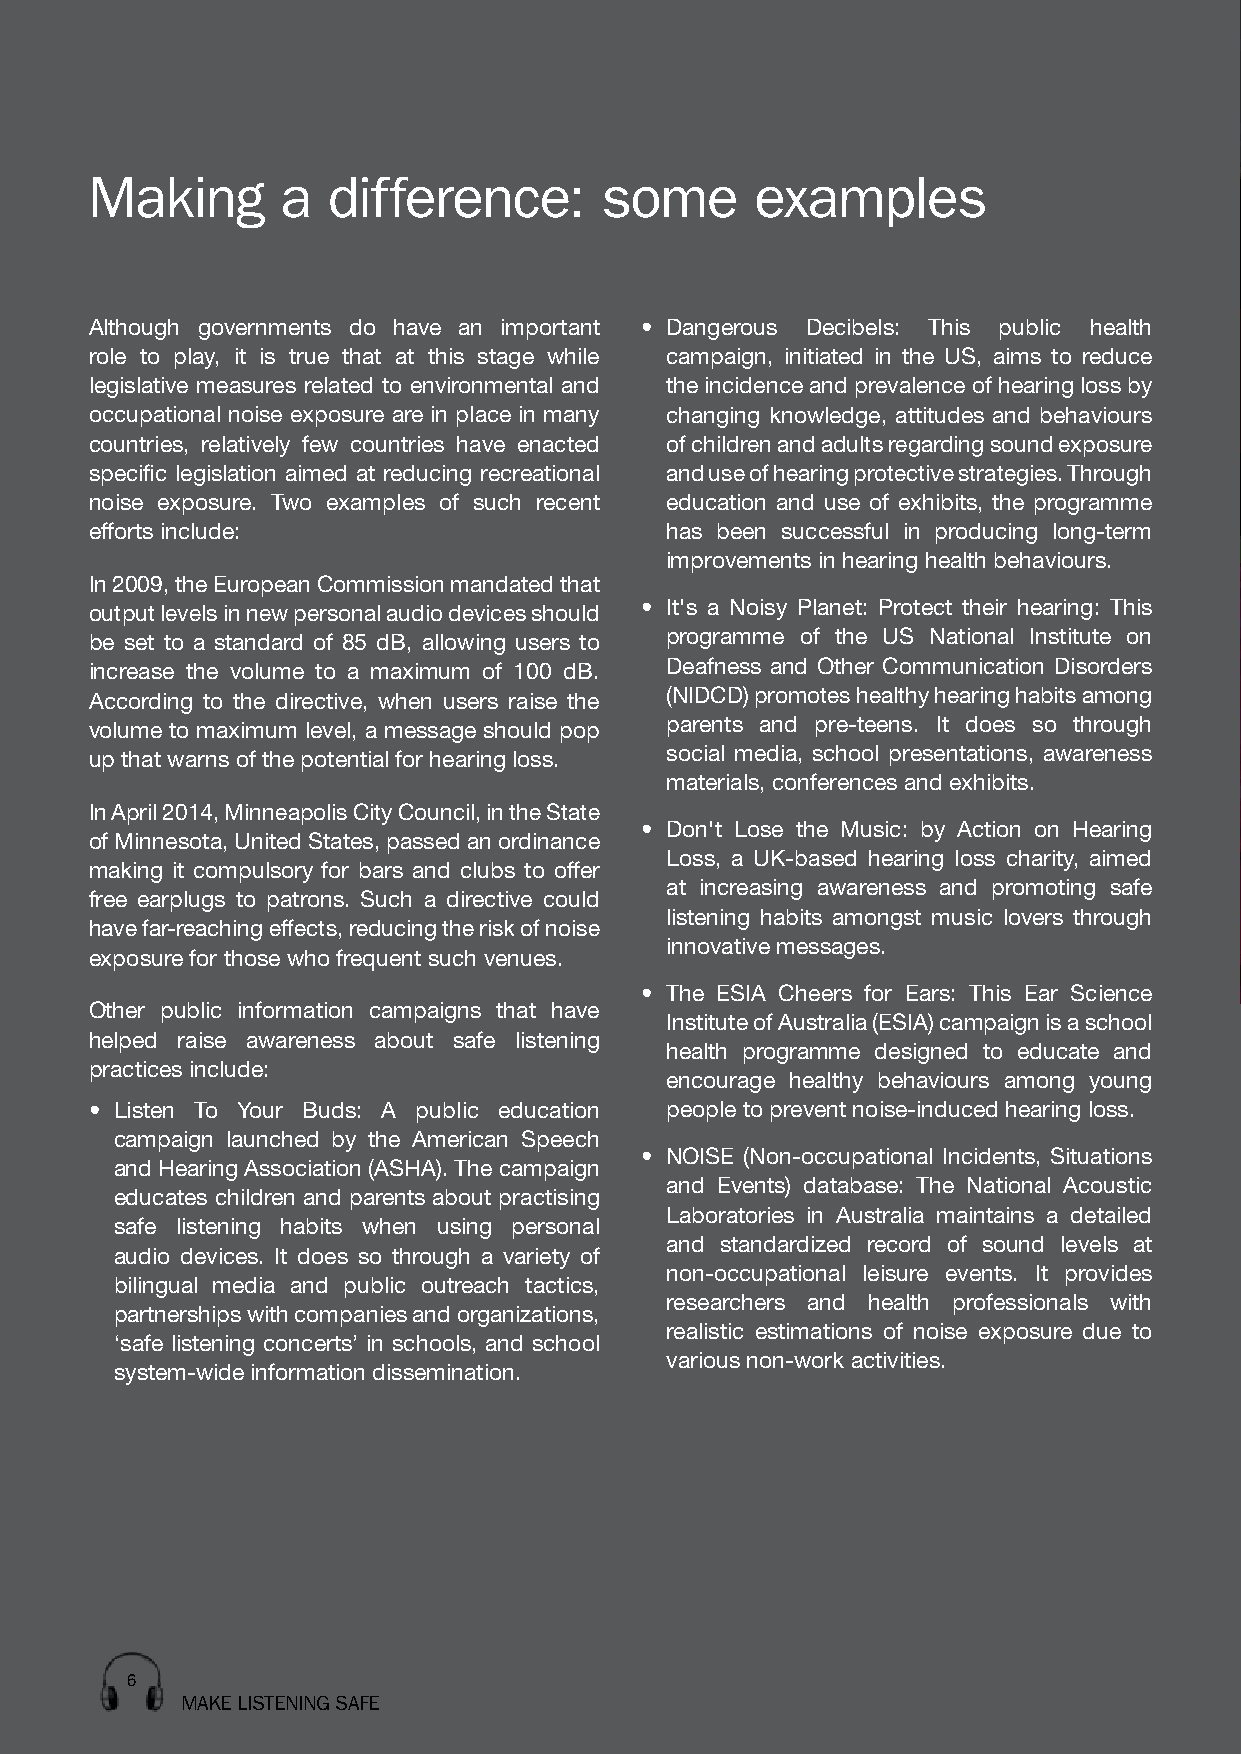
Making       a  difference:       some      examples
 Although governments do have an important • Dangerous Decibels: This public health
 role to play, it is true that at this stage while campaign, initiated in the US, aims to reduce
 legislative measures related to environmental and the incidence and prevalence of hearing loss by
 occupational noise exposure are in place in many changing knowledge, attitudes and behaviours
 countries, relatively few countries have enacted of children and adults regarding sound exposure
 specific legislation aimed at reducing recreational and use of hearing protective strategies. Through
 noise exposure. Two examples of such recent education and use of exhibits, the programme
 efforts include:                      has been successful in producing long-term
 improvements in hearing health behaviours.
 In 2009, the European Commission mandated that
 output levels in new personal audio devices should • It's a Noisy Planet: Protect their hearing: This
 be set to a standard of 85 dB, allowing users to programme of the US National Institute on
 increase the volume to a maximum of 100 dB. Deafness and Other Communication Disorders
 According to the directive, when users raise the (NIDCD) promotes healthy hearing habits among
 volume to maximum level, a message should pop parents and pre-teens. It does so through
 up that warns of the potential for hearing loss. social media, school presentations, awareness
 materials, conferences and exhibits.
 In April 2014, Minneapolis City Council, in the State
 • Don't Lose the Music: by Action on Hearing
 of Minnesota, United States, passed an ordinance
 Loss, a UK-based hearing loss charity, aimed
 making it compulsory for bars and clubs to offer
 at increasing awareness and promoting safe
 free earplugs to patrons. Such a directive could
 listening habits amongst music lovers through
 have far-reaching effects, reducing the risk of noise
 innovative messages.
 exposure for those who frequent such venues.
 • The ESIA Cheers for Ears: This Ear Science
 Other public information campaigns that have
 Institute of Australia (ESIA) campaign is a school
 helped raise awareness about safe listening
 health programme designed to educate and
 practices include:
 encourage healthy behaviours among young
 • Listen To Your Buds: A public education people to prevent noise-induced hearing loss.
 campaign launched by the American Speech
 • NOISE (Non-occupational Incidents, Situations
 and Hearing Association (ASHA). The campaign
 and Events) database: The National Acoustic
 educates children and parents about practising
 Laboratories in Australia maintains a detailed
 safe listening habits when using personal
 and standardized record of sound levels at
 audio devices. It does so through a variety of
 non-occupational leisure events. It provides
 bilingual media and public outreach tactics,
 researchers and health professionals with
 partnerships with companies and organizations,
 realistic estimations of noise exposure due to
 ‘safe listening concerts’ in schools, and school
 various non-work activities.
 system-wide information dissemination.
 6
 MAKE LISTENING SAFE